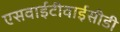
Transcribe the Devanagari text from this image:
एसवाईटीवाईसीडी